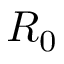
R _ { 0 }